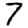
Digit: 7